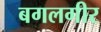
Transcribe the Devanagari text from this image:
बगलगीर